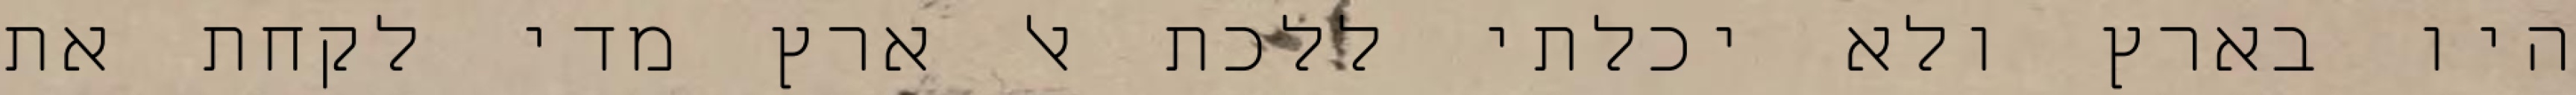
היו בארץ ולא יכלתי ללכת אל ארץ מדי לקחת את